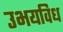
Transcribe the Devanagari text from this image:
उभयविध